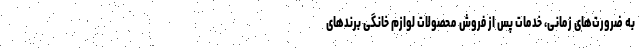
به ضرورت‌های زمانی، خدمات پس از فروش محصولات لوازم خانگی برندهای